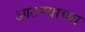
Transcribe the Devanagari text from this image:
आटण्याच्या